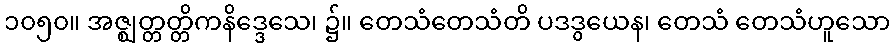
၁၀၅၀။ အဇ္ဈတ္တတ္တိကနိဒ္ဒေသေ၊ ၌။ တေသံတေသံတိ ပဒဒွယေန၊ တေသံ တေသံဟူသော